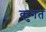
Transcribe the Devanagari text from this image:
कुगत